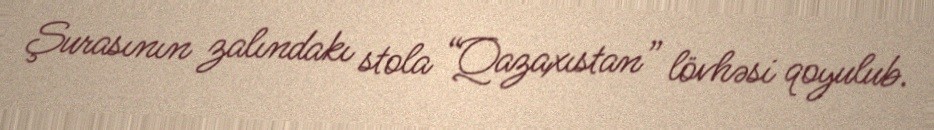
Şurasının zalındakı stola “Qazaxıstan” lövhəsi qoyulub.